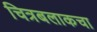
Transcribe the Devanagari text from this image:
चित्रबलाकचा